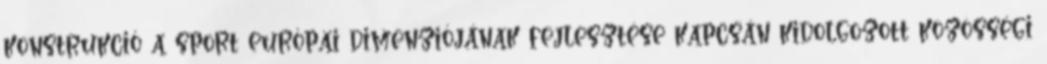
konstrukció a sport európai dimenziójának fejlesztése kapcsán kidolgozott közösségi